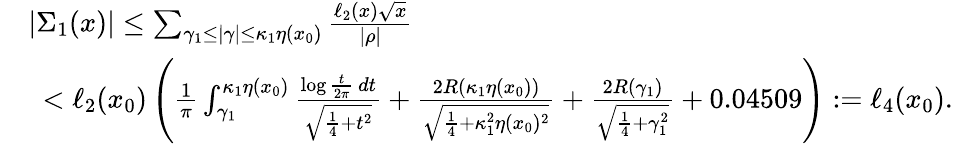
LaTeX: \begin{array}{rl}&{|\Sigma_{1}(x)|\leq\sum_{\gamma_{1}\leq|\gamma|\leq\kappa_{1}\eta(x_{0})}\frac{\ell_{2}(x)\sqrt{x}}{|\rho|}}\\ &{\, \, \, <\ell_{2}(x_{0})\left(\frac{1}{\pi}\int_{\gamma_{1}}^{\kappa_{1}\eta(x_{0})}\frac{\log{\frac{t}{2\pi}}\, dt}{\sqrt{\frac{1}{4}+t^{2}}}+\frac{2R(\kappa_{1}\eta(x_{0}))}{\sqrt{\frac{1}{4}+\kappa_{1}^{2}\eta(x_{0})^{2}}}+\frac{2R(\gamma_{1})}{\sqrt{\frac{1}{4}+\gamma_{1}^{2}}}+0.04509\right):=\ell_{4}(x_{0}).}\end{array}